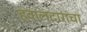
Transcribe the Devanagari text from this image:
हवालदारांचा